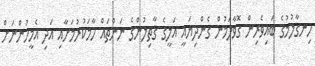
ހިނގާލުމުގެ ބައިވެރިން ގޮވާލަމުން ގެންދިޔައީ އަލީގެ ޤާތިލުންގެ ނަންތައް ހާމަކުރުމަށާއި އަދި އެމީހުންނަށް